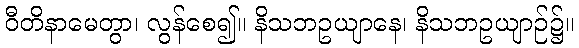
ဝီတိနာမေတွာ၊ လွန်စေ၍။ နိသဘဥယျာနေ၊ နိသဘဥယျာဉ်၌။